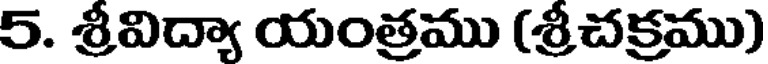
5. శ్రీవిద్యా యంత్రము (శ్రీచక్రము)